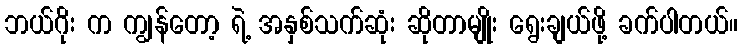
ဘယ်ဂိုး က ကျွန်တော့ ရဲ့ အနှစ်သက်ဆုံး ဆိုတာမျိုး ရွေးချယ်ဖို့ ခက်ပါတယ်။